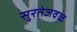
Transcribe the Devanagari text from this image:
सुरतेजवळ